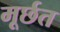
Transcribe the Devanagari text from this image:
मूर्छत